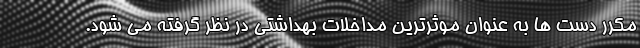
مکرر دست ها به عنوان موثرترین مداخلات بهداشتی در نظر گرفته می شود.